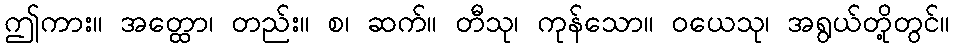
ဤကား။ အတ္ထော၊ တည်း။ စ၊ ဆက်။ တီသု၊ ကုန်သော။ ဝယေသု၊ အရွယ်တို့တွင်။